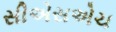
સીએસએચ